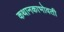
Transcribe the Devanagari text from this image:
कथानकाभोवती